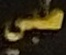
طبي